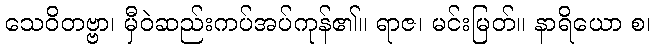
သေဝိတဗ္ဗာ၊ မှီဝဲဆည်းကပ်အပ်ကုန်၏။ ရာဇ၊ မင်းမြတ်။ နာရိယော စ၊